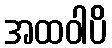
အထဝါပိ